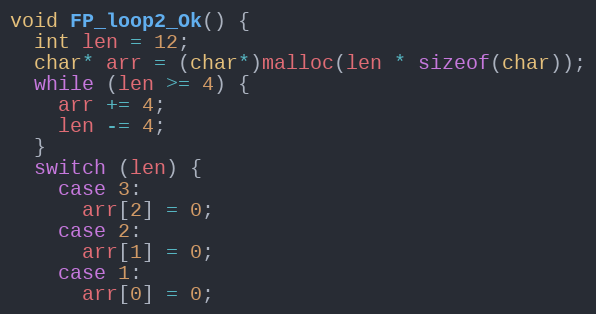
Language: C++
void FP_loop2_Ok() {
  int len = 12;
  char* arr = (char*)malloc(len * sizeof(char));
  while (len >= 4) {
    arr += 4;
    len -= 4;
  }
  switch (len) {
    case 3:
      arr[2] = 0;
    case 2:
      arr[1] = 0;
    case 1:
      arr[0] = 0;